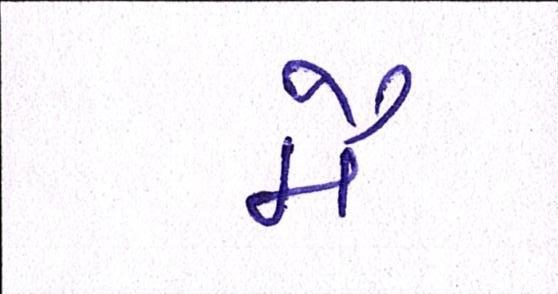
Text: મૈં